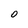
Character: O